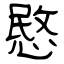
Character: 愍